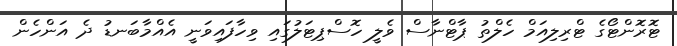
ޓޮރޮންޓޯގެ ޓްރިލިއަމް ހެލްތު ޕާޓްނާސް ވެލީ ހޮސްޕިޓަލުގައި ވިހާފައިވަނީ އެއްމާބަނޑު ދެ އަންހެން